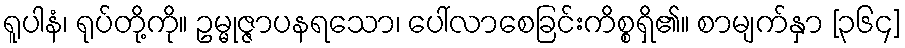
ရူပါနံ၊ ရုပ်တို့ကို။ ဥမ္မုဇ္ဇာပနရသော၊ ပေါ်လာစေခြင်းကိစ္စရှိ၏။ စာမျက်နှာ [၃၆၄]